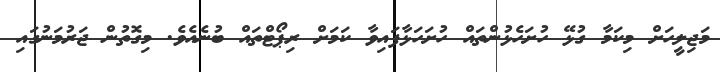
މަޖިލީހަށް މިކަމާ ގުޅޭ ހުށަހެޅުންތައް ހުށަހަޅާފައިވާ ކަމަށް ރިޕޯޓްތައް ބުނެއެވެ. މިގޮތުން ޖަރުމަނުގައި